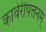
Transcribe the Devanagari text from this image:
कावेरीपत्तनम्